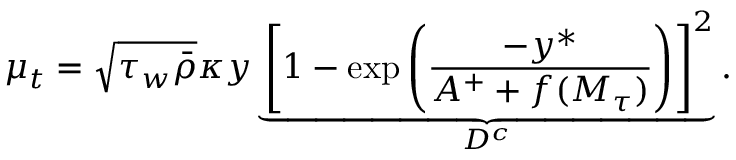
\mu _ { t } = \sqrt { \tau _ { w } \bar { \rho } } \kappa y \underbrace { \left[ 1 - \mathrm { e x p } \left( { \frac { - y ^ { * } } { A ^ { + } + f ( M _ { \tau } ) } } \right) \right] ^ { 2 } } _ { D ^ { c } } .